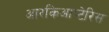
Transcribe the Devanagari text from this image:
आरकिआप्टेरिस